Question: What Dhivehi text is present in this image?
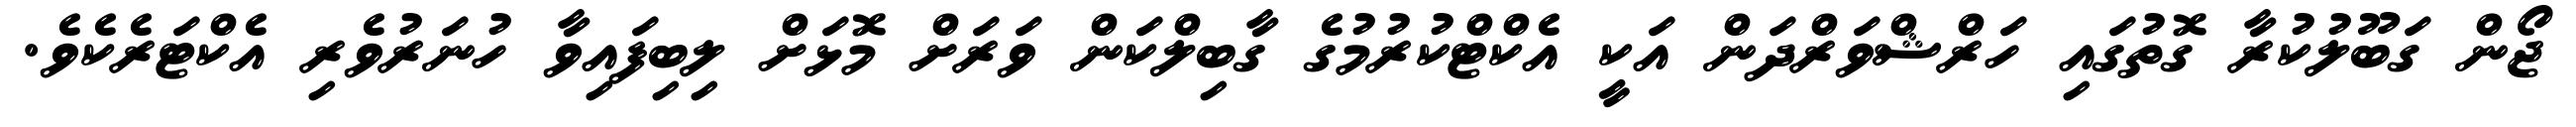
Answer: ޖޯން ގަބޫލުކުރާ ގޮތުގައި ހަރްޝްވަރްދަން އަކީ އެކްޓްކުރުމުގެ ގާބިލްކަން ވަރަށް މޮޅަށް ލިބިފައިވާ ހުނަރުވެރި އެކްޓަރެކެވެ.